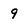
Character: 9